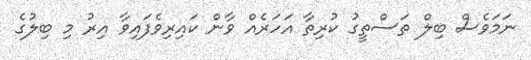
ނަމަވެސް ބިލް ތަސްތީގު ކުރިތާ އަހަރެއް ވާން ކައިރިވެފައިވާ އިރު މި ބިލުގެ